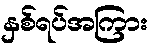
နှစ်ရပ်အကြား